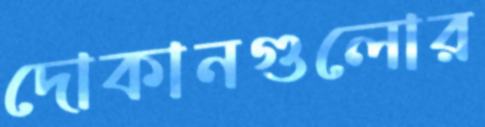
দোকানগুলোর